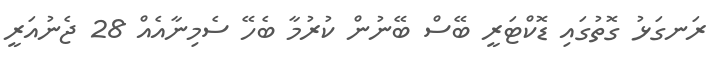
ރަނގަޅު ގޮތުގައި ޑޮކްޓަރީ ބޭސް ބޭނުން ކުރުމާ ބެހޭ ސެމިނާއެއް 28 ޖެނުއަރީ